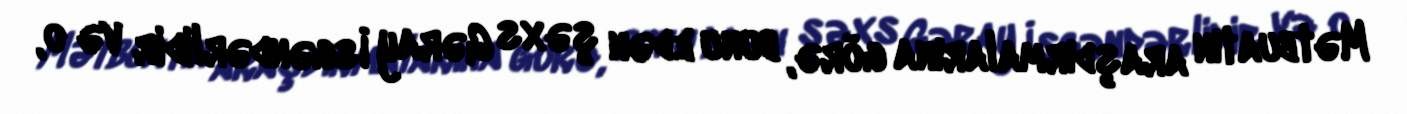
Mətbuatın araşdırmalarına görə, bunu edən şəxs Gəray İsgəndərlidir və o,